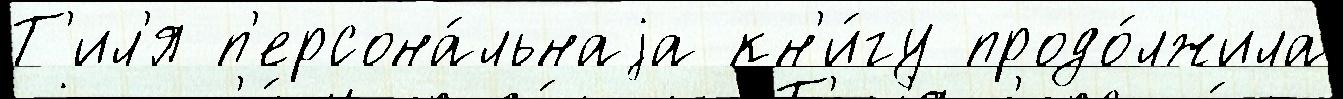
Т'ил'я п'ерсона́льнаjа кн'и́гу продо́лжила